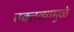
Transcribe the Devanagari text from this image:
वक्तव्यामुळे